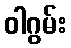
ဝါဂွမ်း